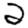
Digit: 2